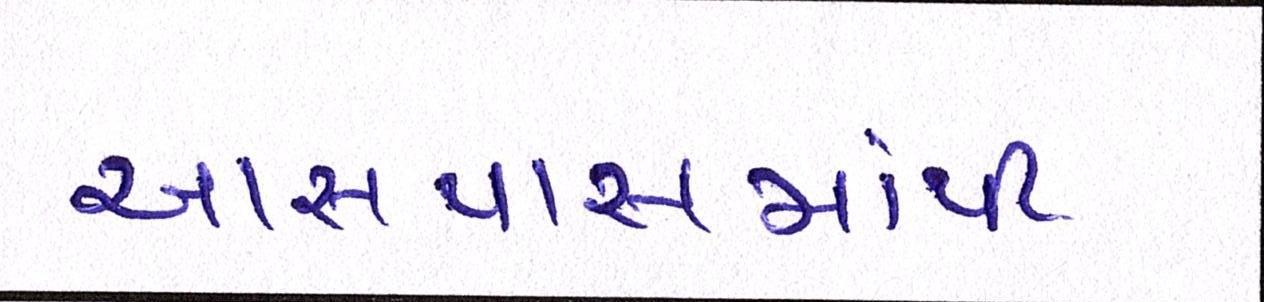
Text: આસપાસમાંથી